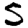
Digit: 5